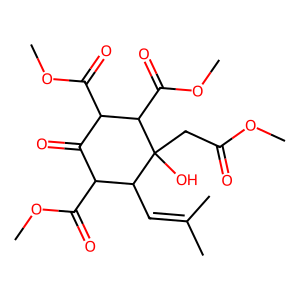
SMILES: COC(=O)CC1(O)C(C=C(C)C)C(C(=O)OC)C(=O)C(C(=O)OC)C1C(=O)OC
Inhibits HIV replication: No